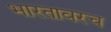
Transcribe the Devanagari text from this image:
भारतावरच